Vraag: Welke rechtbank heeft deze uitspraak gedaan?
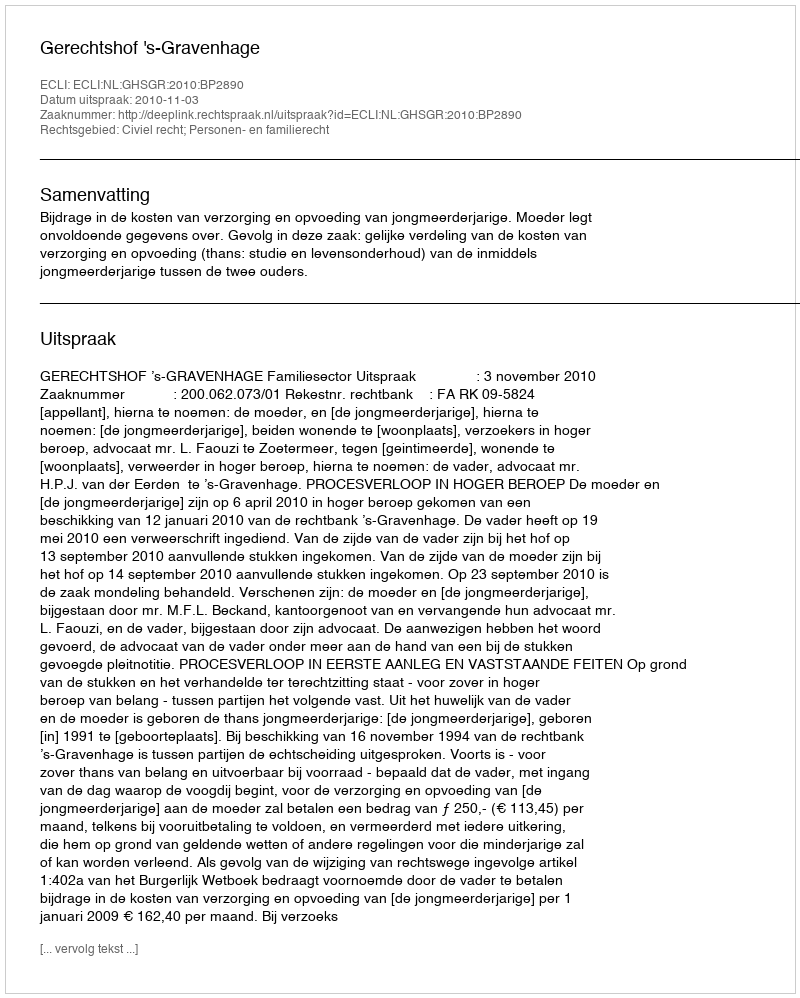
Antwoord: Gerechtshof 's-Gravenhage